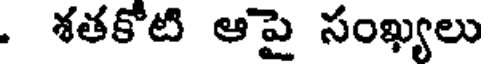
. శతకోటి ఆపై సంఖ్యలు